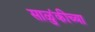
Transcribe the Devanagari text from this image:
साळुंकीच्या